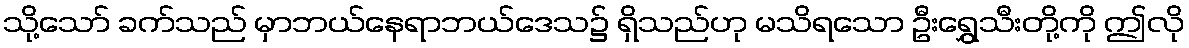
သို့သော် ခက်သည် မှာဘယ်နေရာဘယ်ဒေသ၌ ရှိသည်ဟု မသိရသော ဦးရွှေသီးတို့ကို ဤလို